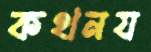
কথনয